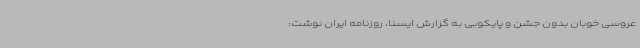
عروسی خوبان بدون جشن و پایکوبی به گزارش ایسنا، روزنامه ایران نوشت: